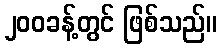
၂၀၀ခန့်တွင် ဖြစ်သည်။